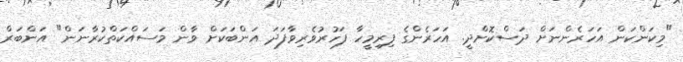
"މިކަންކަން އަހަރެންނަށް ދަސްކޮށްދީ. އަހަރެންގެ ފިރިމީހާ ފަހުރުވެރިވާފަދަ އަންބަކަށް ވާން މަސައްކަތްކުރާނަން" އަންބަރް